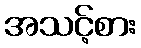
အသင့်စား